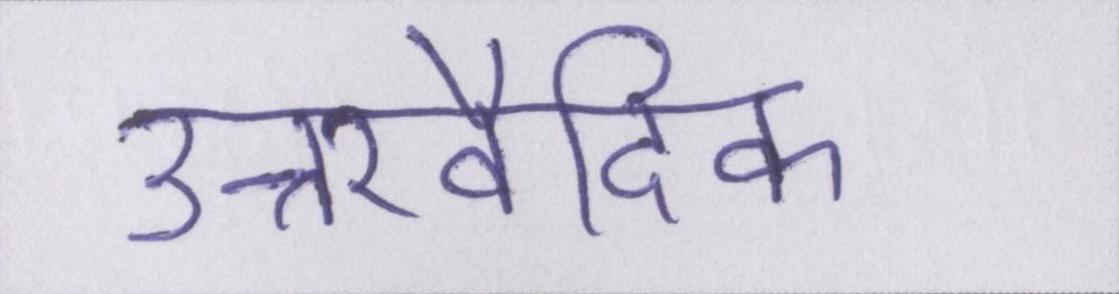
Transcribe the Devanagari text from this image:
उत्तरवैदिक